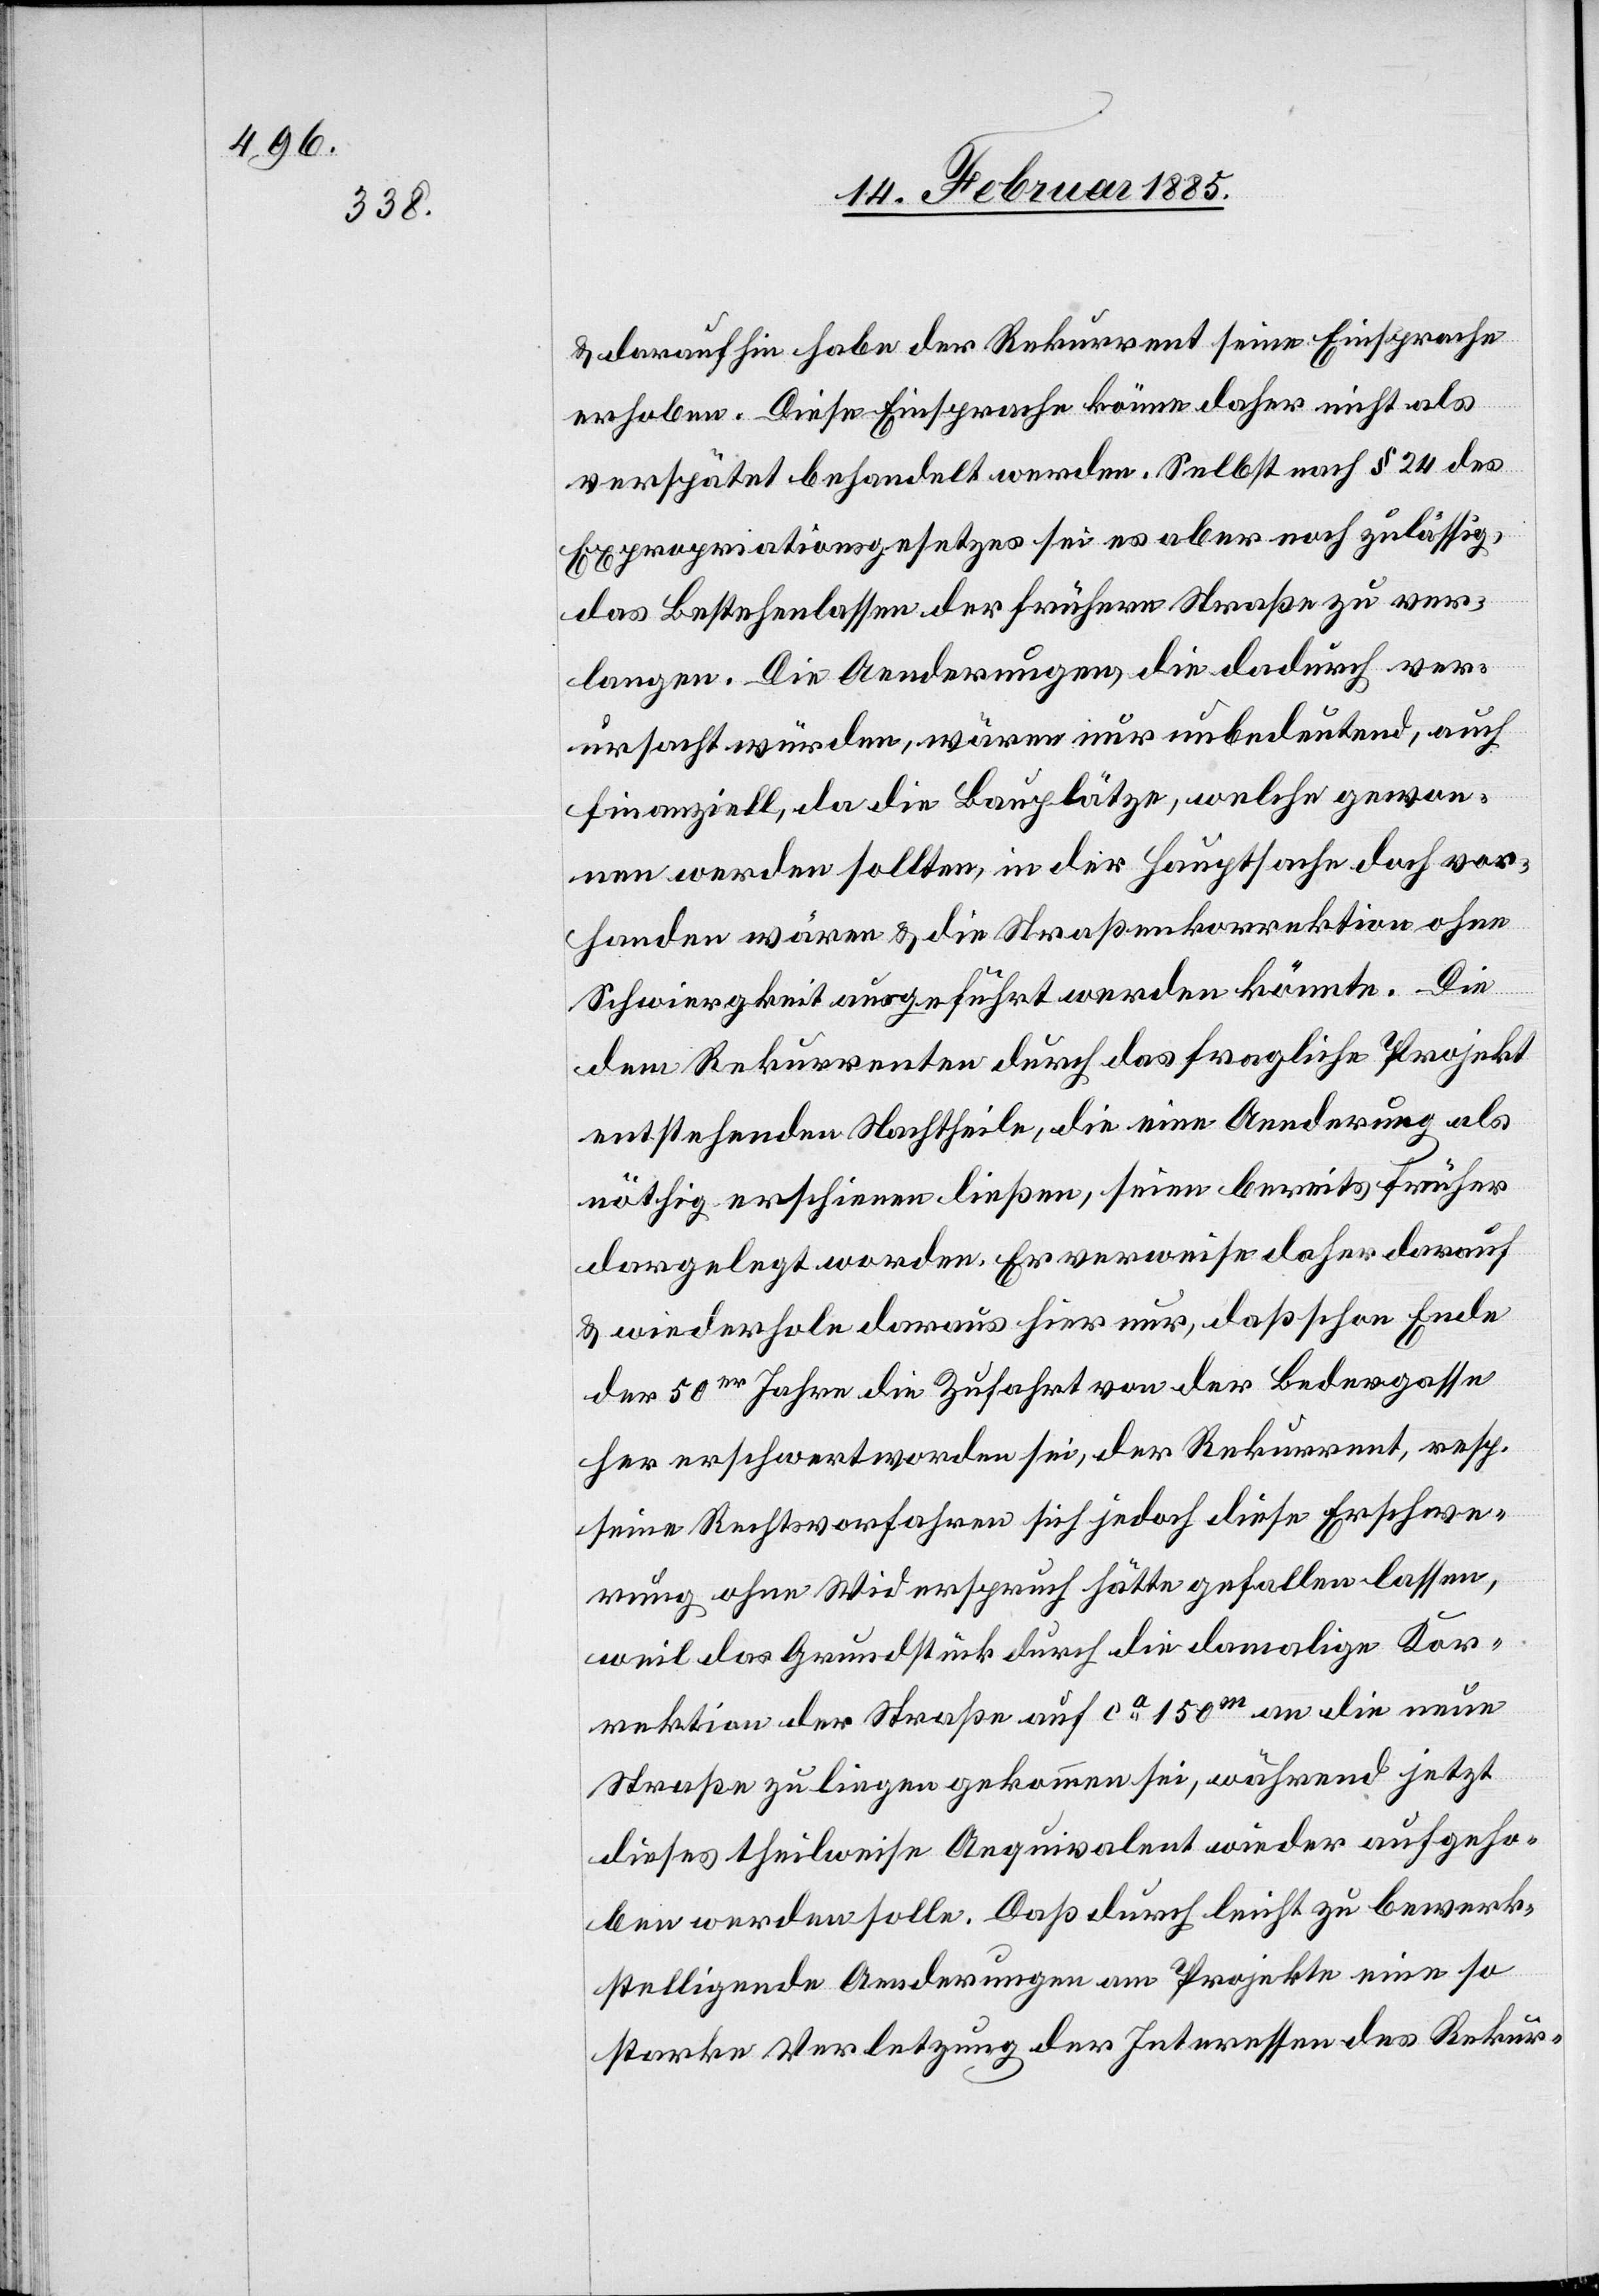
& darauf hin habe der Rekurrent seine Einsprache
erhoben. Diese Einsprache könne daher nichts als
verspätet behandelt werden. Selbst nach § 24 des
Expropriationsgesetzes sei es aber noch zuläßig,
das Bestehenlassen der frühern Straße zu ver¬
langen. Die Aenderungen, die dadurch ver¬
ursacht würden, wären nur unbedeutend, auch
finanziell, da die Bauplätze, welche gewon¬
nen werden sollten, in der Hauptsache doch vor¬
handen wären & die Straßenkorrektion ohne
Schwierigkeit ausgeführt werden könnte. Die
dem Rekurrenten durch das fragliche Projekt
entstehenden Nachtheile, die eine Aenderung als
nöthig erscheinen ließen, seien bereits früher
dargelegt worden. Er verweise daher darauf
& wiederhole daraus hier nur, daß schon Ende
der 50er Jahre die Zufahrt von der Bedergasse
her erschwert worden sei, der Rekurrent, resp.
seine Rechtsvorfahren sich jedoch diese Erschwe¬
rung ohne Widerspruch hätte gefallen lassen,
weil das Grundstück durch die damalige Kor¬
rektion der Straße auf ca 150m an die neue
Straße zu liegen gekommen sei, während jetzt
dieses theilweise Aequivalent wieder aufgeho¬
ben werden solle. Daß durch leicht zu bewerk¬
stelligende Aenderungen am Projekte eine so
starke Verletzung der Interessen des Rekur-